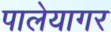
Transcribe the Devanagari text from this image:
पालेयागर